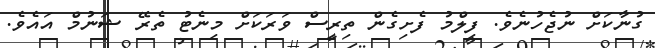
ގުނާކަށް ނުޖެހުނެވެ. ފިލްމު ފެށިގެން ތިރީސް ވަރަކަށް މިނެޓު ތެރޭ ޝަނުމް އައެވެ.